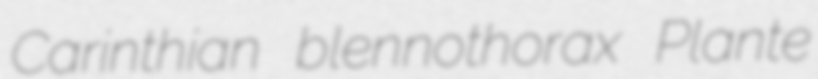
Carinthian blennothorax Plante